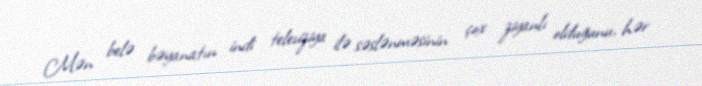
Mən belə bəyanatın indi televiziya ilə səslənməsinin çox ziyanlı olduğunu, hər